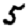
Digit: 5